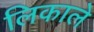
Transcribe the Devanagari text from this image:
लिकाले